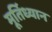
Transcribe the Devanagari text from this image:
मूर्तिध्यान